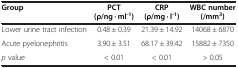
| Group | PCT (ρ/ng · ml-1) | CRP (ρ/mg · l-1) | WBC number (/mm3) |
 | --- | --- | --- | --- |
 | Lower urine tract infection | 0.48 ± 0.39 | 21.39 ± 14.92 | 14068 ± 6870 |
 | Acute pyelonephritis | 3.90 ± 3.51 | 68.17 ± 39.42 | 15882 ± 7350 |
 | p value | < 0.01 | < 0.01 | > 0.05 |